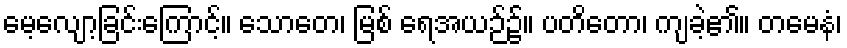
မေ့လျော့ခြင်းကြောင့်။ သောတေ၊ မြစ် ရေအယဉ်၌။ ပတိတော၊ ကျခဲ့၏။ တမေနံ၊